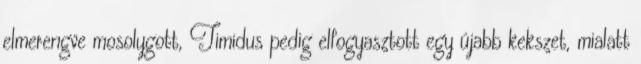
elmerengve mosolygott, Timidus pedig elfogyasztott egy újabb kekszet, mialatt